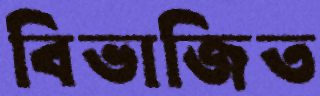
বিভাজিত